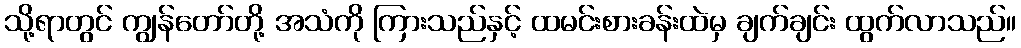
သို့ရာတွင် ကျွန်တော်တို့ အသံကို ကြားသည်နှင့် ထမင်းစားခန်းထဲမှ ချက်ချင်း ထွက်လာသည်။